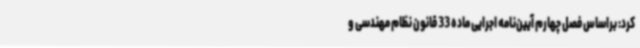
کرد: براساس فصل چهارم آیین‌نامه اجرایی ماده 33 قانون نظام مهندسی و